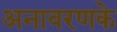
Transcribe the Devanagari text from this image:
अनावरणके